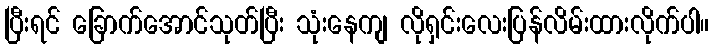
ပြီးရင် ခြောက်အောင်သုတ်ပြီး သုံးနေကျ လိုရှင်းလေးပြန်လိမ်းထားလိုက်ပါ။